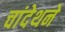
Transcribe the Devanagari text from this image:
चांदेथने